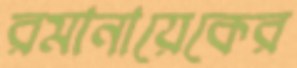
রমানায়েকের